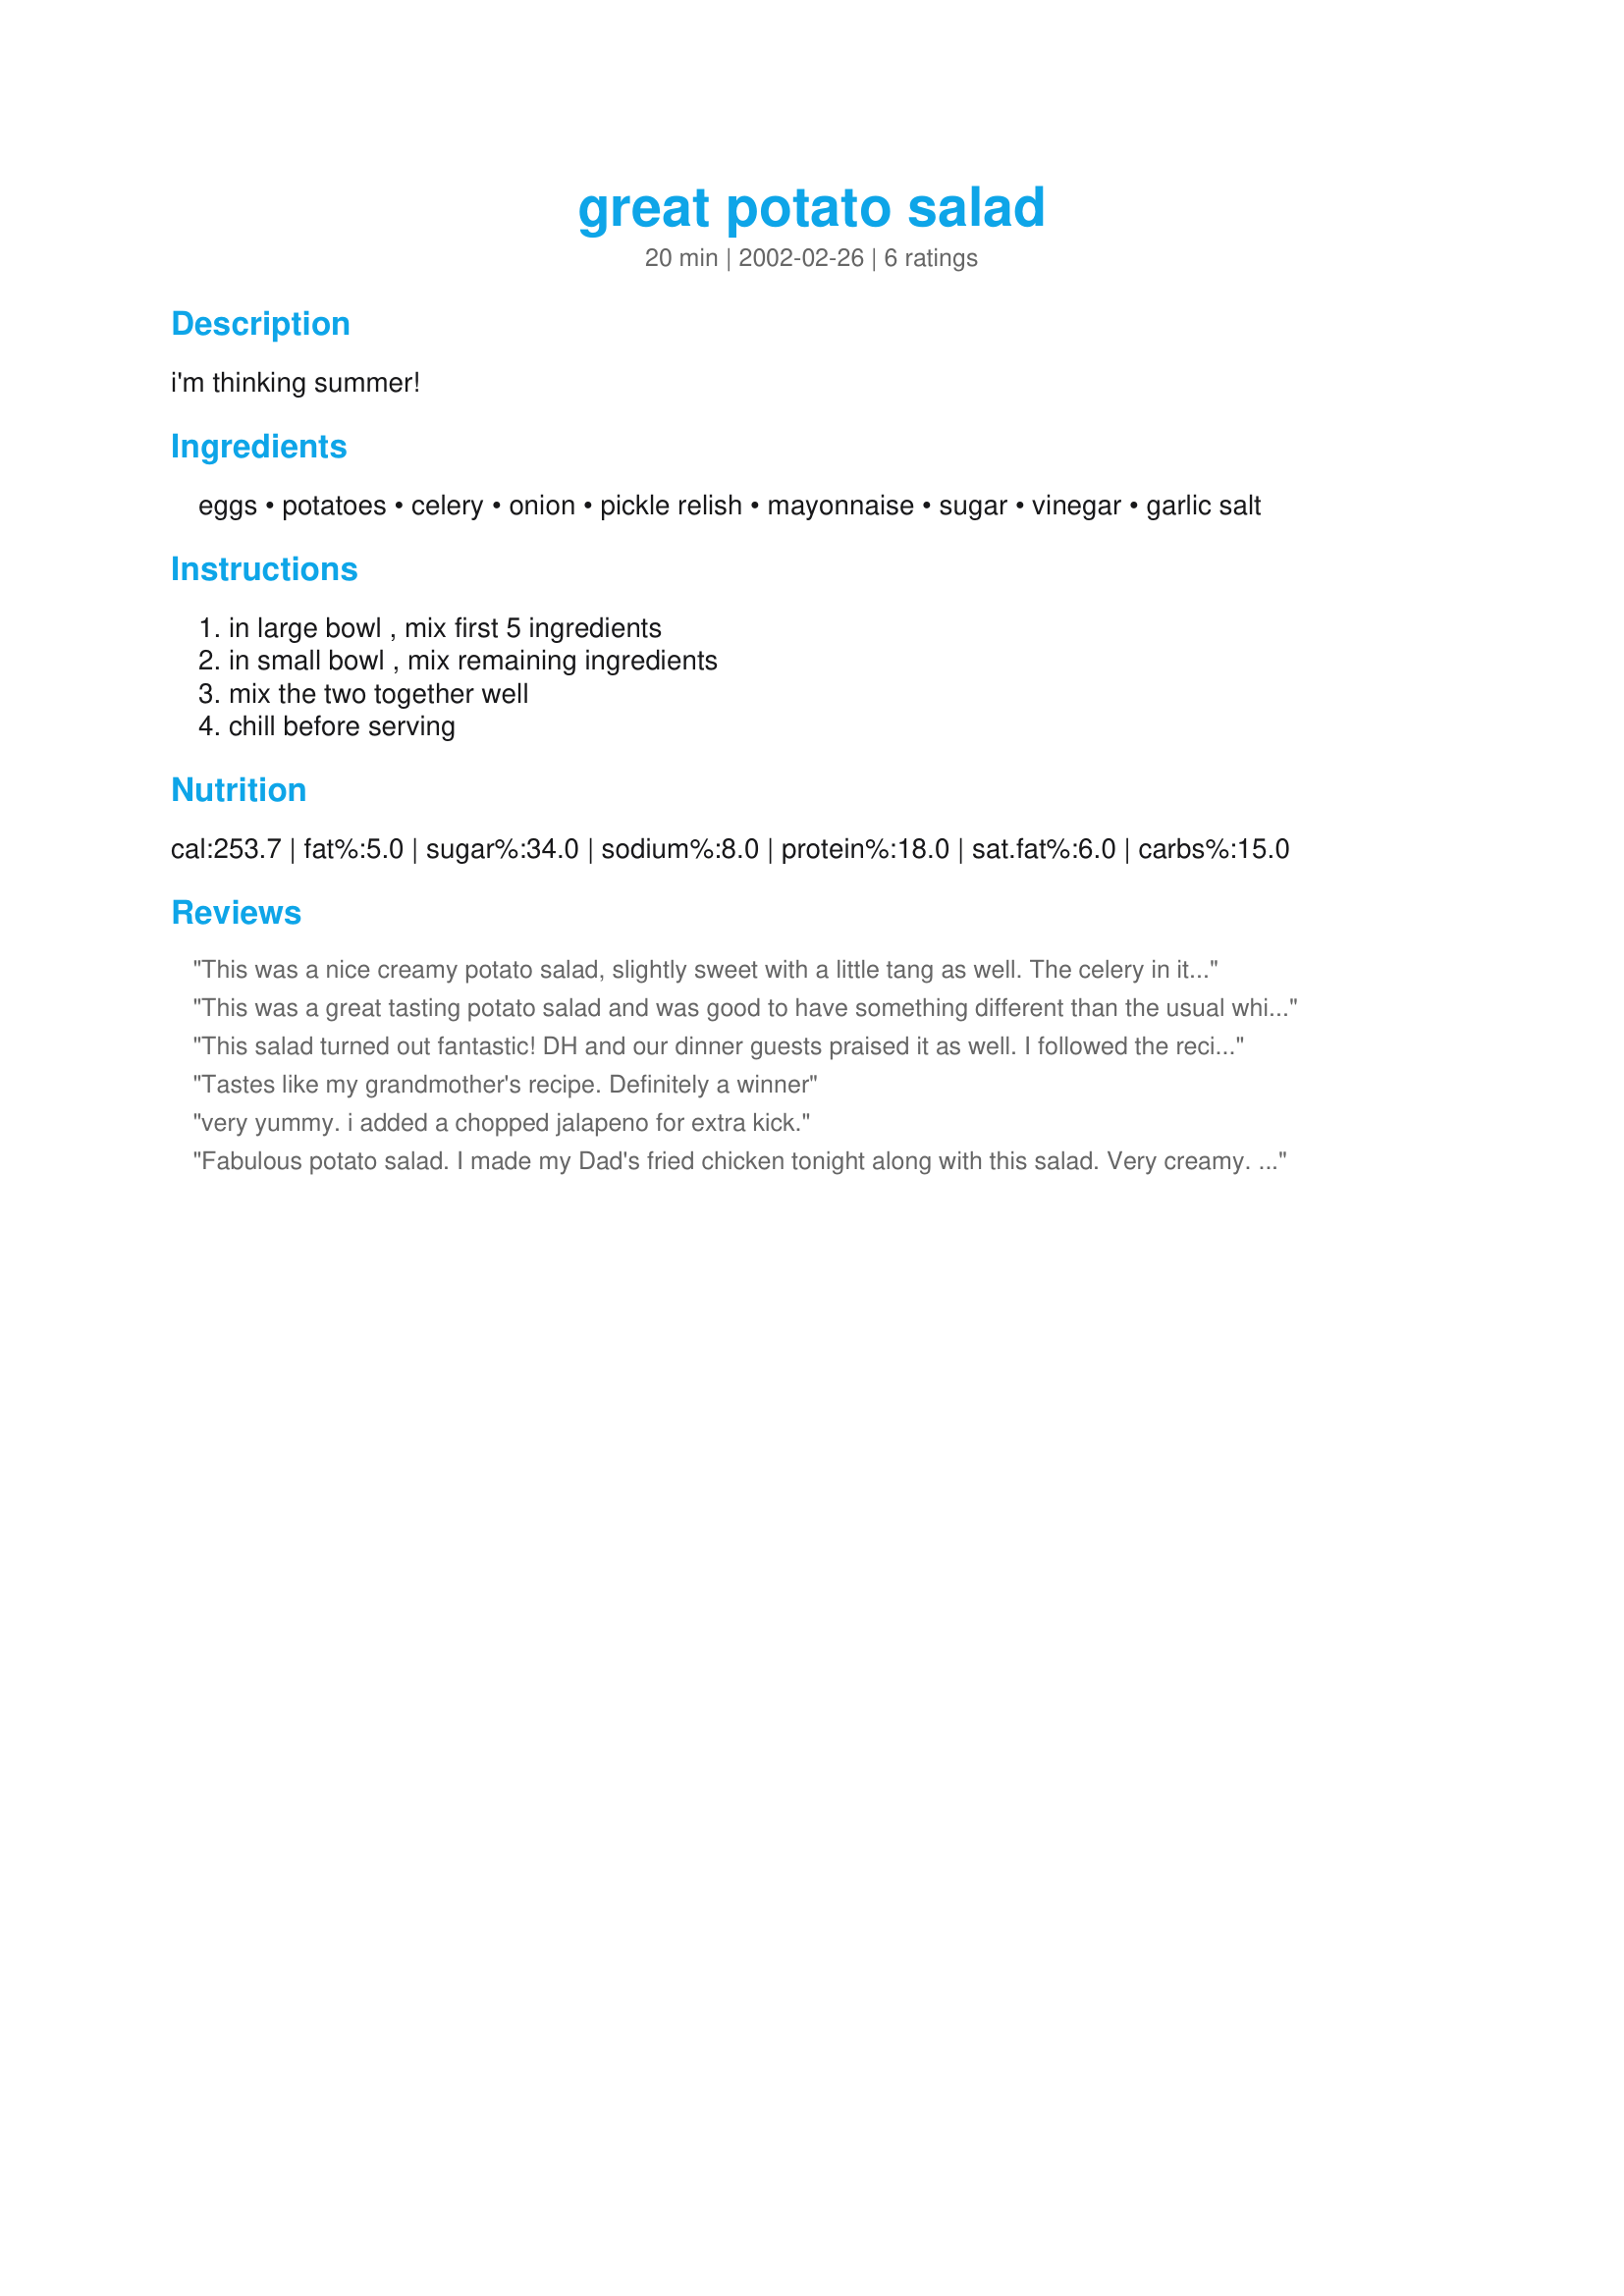
great potato salad
Preparation time: 20 minutes

i'm thinking summer!

Ingredients:
eggs, potatoes, celery, onion, pickle relish, mayonnaise, sugar, vinegar, garlic salt

Steps:
in large bowl , mix first 5 ingredients, in small bowl , mix remaining ingredients, mix the two together well, chill before serving

Reviews:
This was a nice creamy potato salad, slightly sweet with a little tang as well. The celery in it gave some nice variation in textures. I didn't know if the potatoes should be peeled or unpeeled, but was not able to get in touch with Inez to find out before I had to boil the potatoes, so I went with peeled. Come to find out Inez leaves the skins on, so I should have followed my heart rather than the logic of my brain. It was good without the skins on, but I think it will be even better next time with the skins on. Thanks for sharing this recipe Inez!!!
This was a great tasting potato salad and was good to have something different than the usual white potato salad. A keeper
This salad turned out fantastic! DH and our dinner guests praised it as well. I followed the recipe exactly. Easy to prepare, and it went great with barbecued baby-back ribs and deviled eggs! Another recipe to keep. Thanks Nezz!
Tastes like my grandmother's recipe. Definitely a winner
very yummy. i added a chopped jalapeno for extra kick.
Fabulous potato salad. I made my Dad's fried chicken tonight along with this salad. Very creamy. The only thing I changed was to add fresh garlic instead of the powder. Thank you for a wonderful recipe. I will definitely be making this again.
